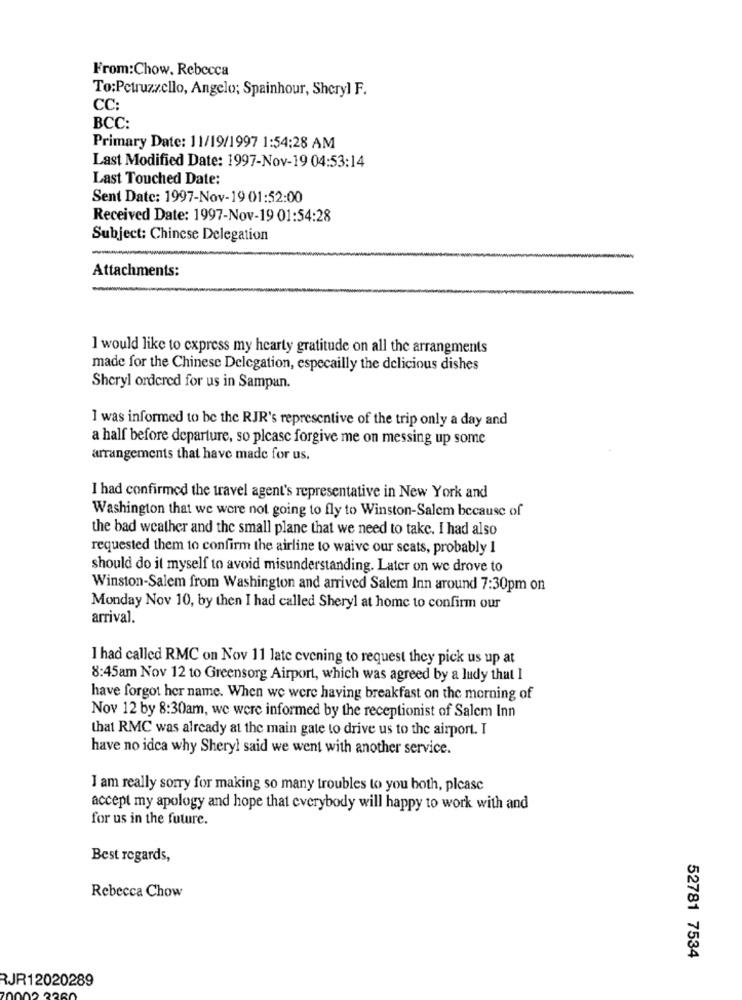
From:Chow, Rebecca
To:Petruzzello, Angelo; Spainhour, Sheryl F.
CC:
BCC:
Primary Date: 11/19/1997 1:54:28 AM
Last Modified Date: 1997-Nov-19 04:53:14
Last Touched Date:
Sent Date: 1997-Nov-19 01:52:00
Received Date: 1997-Nov-19 01:54:28
Subject: Chinese Delegation
Attachments:
I would like to express my hearty gratitude on all the arrangments
made for the Chinese Delegation, especailly the delicious dishes
Sheryl ordered for us in Sampan.
I was informed to be the RJR's representive of the trip only a day and
a half before departure, so please forgive me on messing up some
arrangements that have made for us.
I had confirmed the travel agent's representative in New York and
Washington that we were not going to fly to Winston-Salem because of
the bad weather and the small plane that we need to takc. I had also
requested them to confirm the airline to waive our scats, probably I
should do it myself to avoid misunderstanding. Later on we drove to
Winston-Salem from Washington and arrived Salem Inn around 7:30pm on
Monday Nov 10, by then I had called Sheryl at home to confirm our
arrival.
I had called RMC on Nov 11 late evening to request they pick us up at
8:45am Nov 12 to Greensorg Airport, which was agreed by a ludy that I
have forgot her name. When we were having breakfast on the morning of
Nov 12 by 8:30am, we were informed by the receptionist of Salem Inn
that RMC was already at the main gate to drive us to the airport. I
have no idea why Sheryl said we went with another service.
I am really sorry for making so many troubles to you both, please
accept my apology and hope that everybody will happy to work with and
for us in the future.
Best regards,
Rebecca Chow
52781 7534
RJR12020289